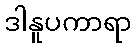
ဒါနူပကာရာ